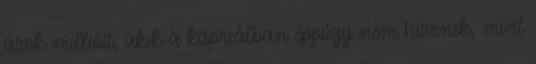
azok millióit, akik a kapreálban éppúgy nem hisznek, mint